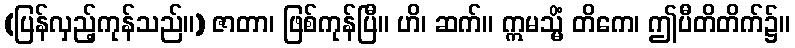
(ပြန်လှည့်ကုန်သည်။) ဇာတာ၊ ဖြစ်ကုန်ပြီ။ ဟိ၊ ဆက်။ ဣမသ္မိံ တိကေ၊ ဤပီတိတိက်၌။